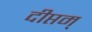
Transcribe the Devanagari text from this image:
दीप्तम्